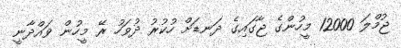
ޖުމްލަ 12000 މީހުންގެ ޖާގައިގެ ދަނޑަށް ހުކުރު ދުވަހު ރޭ މީހުން ވައްދާނީ